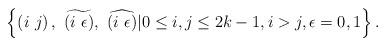
LaTeX: \begin{align*}\left\{ \left(i\ j\right),\ \widetilde{\left(i\ \epsilon\right)},\ \widehat{\left(i\ \epsilon\right)}|0\le i,j\le2k-1,i>j,\epsilon=0,1\right\}.\end{align*}